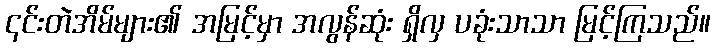
၎င်းတဲအိမ်များ၏ အမြင့်မှာ အလွန်ဆုံး ရှိလှ ပခုံးသာသာ မြင့်ကြသည်။